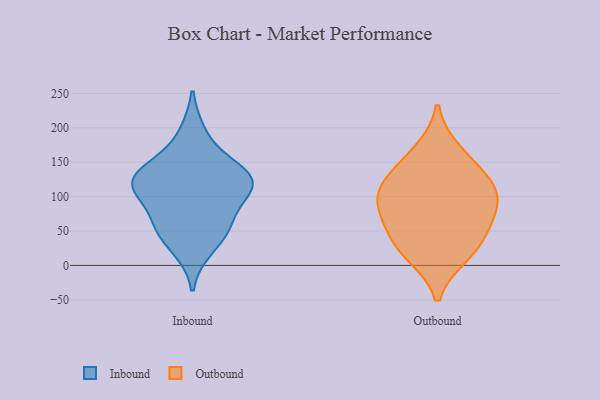
{"axis": {"x": "Satisfaction Score", "y": "Value"}, "legend": ["Inbound", "Outbound"], "data": [{"x": "", "y": 142, "type": "Inbound"}, {"x": "", "y": 114, "type": "Inbound"}, {"x": "", "y": 108, "type": "Inbound"}, {"x": "", "y": 121, "type": "Inbound"}, {"x": "", "y": 142, "type": "Inbound"}, {"x": "", "y": 113, "type": "Inbound"}, {"x": "", "y": 55, "type": "Inbound"}, {"x": "", "y": 63, "type": "Inbound"}, {"x": "", "y": 192, "type": "Inbound"}, {"x": "", "y": 55, "type": "Inbound"}, {"x": "", "y": 123, "type": "Inbound"}, {"x": "", "y": 24, "type": "Inbound"}, {"x": "", "y": 66, "type": "Outbound"}, {"x": "", "y": 116, "type": "Outbound"}, {"x": "", "y": 23, "type": "Outbound"}, {"x": "", "y": 167, "type": "Outbound"}, {"x": "", "y": 112, "type": "Outbound"}, {"x": "", "y": 47, "type": "Outbound"}, {"x": "", "y": 138, "type": "Outbound"}, {"x": "", "y": 15, "type": "Outbound"}, {"x": "", "y": 95, "type": "Outbound"}, {"x": "", "y": 84, "type": "Outbound"}]}